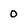
Character: 0